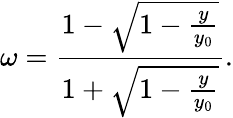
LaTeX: \omega=\frac{1-\sqrt{1-\frac{y}{y_{0}}}}{1+\sqrt{1-\frac{y}{y_{0}}}}.